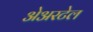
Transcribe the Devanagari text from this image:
अेअरटेल